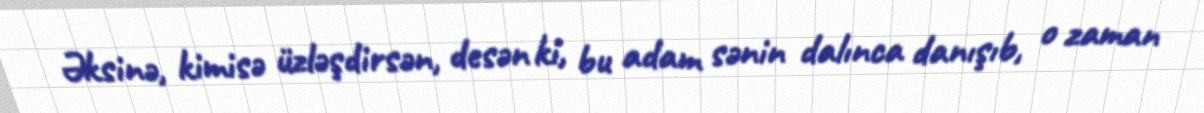
Əksinə, kimisə üzləşdirsən, desən ki, bu adam sənin dalınca danışıb, o zaman